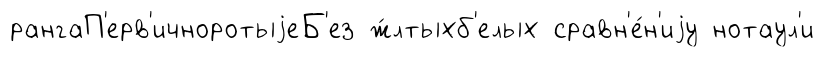
рангаП'ерв'ичноротыjеБ'ез ж́лтыхб'елых сравн'е́н'иjу нотаул'и